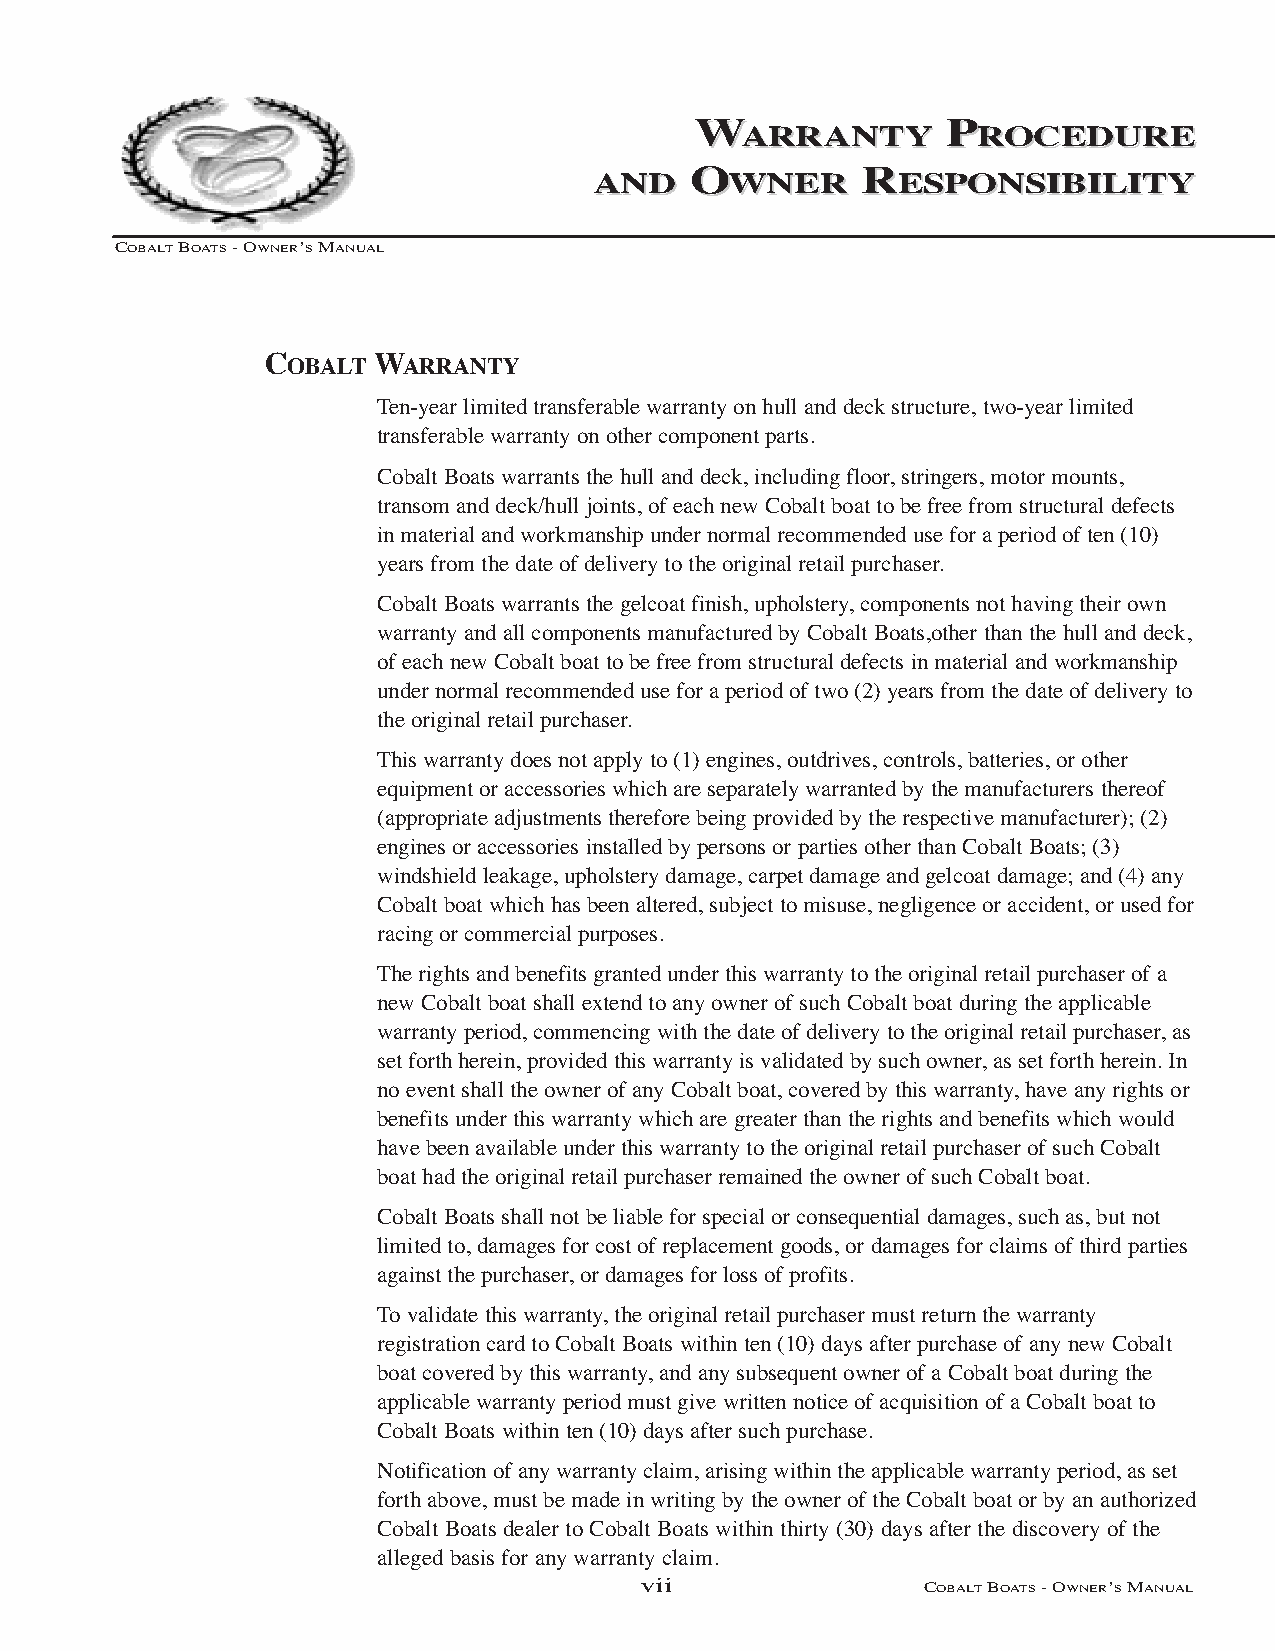
WWAARRRRAANNTTYY PPRROOCCEEDDUURREE
 AANNDD
 OOWWNNEERR RREESSPPOONNSSIIBBIILLIITTYY
 COBALTBOATS- OWNER’SMANUAL
 COBALT WARRANTY
 Ten-year limited transferable warranty on hull and deck structure, two-year limited
 transferable warranty on other component parts.
 Cobalt Boats warrants the hull and deck, including floor, stringers, motor mounts,
 transom and deck/hull joints, of each new Cobalt boat to be free from structural defects
 in material and workmanship under normal recommended use for a period of ten (10)
 years from the date of delivery to the original retail purchaser.
 Cobalt Boats warrants the gelcoat finish, upholstery, components not having their own
 warranty and all components manufactured by Cobalt Boats,other than the hull and deck,
 of each new Cobalt boat to be free from structural defects in material and workmanship
 under normal recommended use for a period of two (2) years from the date of delivery to
 the original retail purchaser.
 This warranty does not apply to (1) engines, outdrives, controls, batteries, or other
 equipment or accessories which are separately warranted by the manufacturers thereof
 (appropriate adjustments therefore being provided by the respective manufacturer); (2)
 engines or accessories installed by persons or parties other than Cobalt Boats; (3)
 windshield leakage, upholstery damage, carpet damage and gelcoat damage; and (4) any
 Cobalt boat which has been altered, subject to misuse, negligence or accident, or used for
 racing or commercial purposes.
 The rights and benefits granted under this warranty to the original retail purchaser of a
 new Cobalt boat shall extend to any owner of such Cobalt boat during the applicable
 warranty period, commencing with the date of delivery to the original retail purchaser, as
 set forth herein, provided this warranty is validated by such owner, as set forth herein. In
 no event shall the owner of any Cobalt boat, covered by this warranty, have any rights or
 benefits under this warranty which are greater than the rights and benefits which would
 have been available under this warranty to the original retail purchaser of such Cobalt
 boat had the original retail purchaser remained the owner of such Cobalt boat.
 Cobalt Boats shall not be liable for special or consequential damages, such as, but not
 limited to, damages for cost of replacement goods, or damages for claims of third parties
 against the purchaser, or damages for loss of profits.
 To validate this warranty, the original retail purchaser must return the warranty
 registration card to Cobalt Boats within ten (10) days after purchase of any new Cobalt
 boat covered by this warranty, and any subsequent owner of a Cobalt boat during the
 applicable warranty period must give written notice of acquisition of a Cobalt boat to
 Cobalt Boats within ten (10) days after such purchase.
 Notification of any warranty claim, arising within the applicable warranty period, as set
 forth above, must be made in writing by the owner of the Cobalt boat or by an authorized
 Cobalt Boats dealer to Cobalt Boats within thirty (30) days after the discovery of the
 alleged basis for any warranty claim.
 vii                COBALTBOATS- OWNER’SMANUAL